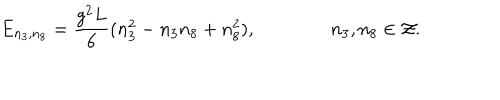
LaTeX: E _ { n _ { 3 } , n _ { 8 } } = { \frac { g ^ { 2 } L } { 6 } } ( n _ { 3 } ^ { 2 } - n _ { 3 } n _ { 8 } + n _ { 8 } ^ { 2 } ) , \qquad \qquad n _ { 3 } , n _ { 8 } \in { \cal Z } .